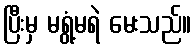
ပြီးမှ မရွံ့မရဲ မေးသည်။